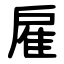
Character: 雇